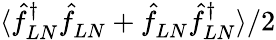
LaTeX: \langle\hat{f}_{LN}^{\dagger}\hat{f}_{LN}^{}+\hat{f}_{LN}^{}\hat{f}_{LN}^{\dagger}\rangle/2